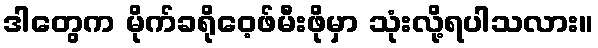
ဒါတွေက မိုက်ခရိုဝေ့ဖ်မီးဖိုမှာ သုံးလို့ရပါသလား။